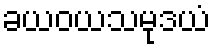
ခယဝယသမုဒယံ